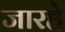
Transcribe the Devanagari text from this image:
जारहे